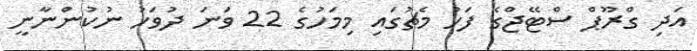
އަދި ގްރޫޕް ސްޓޭޖްގެ ފަހު މެޗުގައި މިމަހުގެ 22 ވަނަ ދުވަހު ނުކުންނާނީ